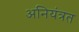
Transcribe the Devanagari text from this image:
अनियंत्रत